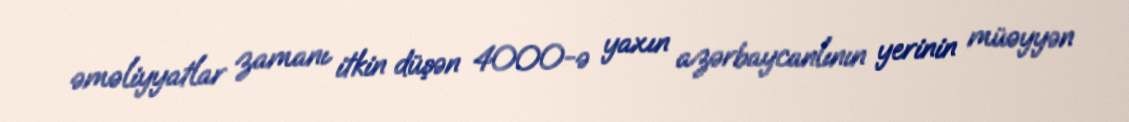
əməliyyatlar zamanı itkin düşən 4000-ə yaxın azərbaycanlının yerinin müəyyən